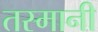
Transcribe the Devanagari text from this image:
तस्मानी